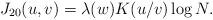
LaTeX: \begin{align*} J_{20}(u,v)=\lambda(w)K(u/v)\log{N}.\end{align*}